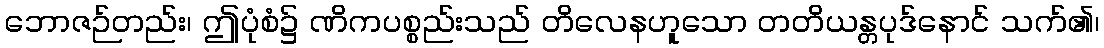
ဘောဇဉ်တည်း၊ ဤပုံစံ၌ ဏိကပစ္စည်းသည် တိလေနဟူသော တတိယန္တပုဒ်နောင် သက်၏၊